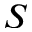
S